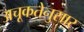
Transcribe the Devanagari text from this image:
अचूकतेनुसार